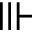
\Vvdash